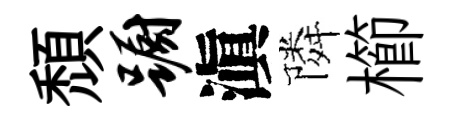
頹蹰滇隣櫛